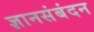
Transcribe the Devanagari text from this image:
ज्ञानसंबंदन